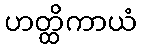
ဟတ္ထိကာယံ